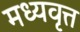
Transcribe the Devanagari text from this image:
मध्यवृत्त